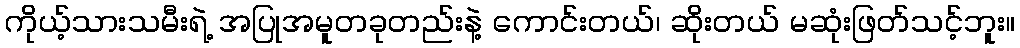
ကိုယ့်သားသမီးရဲ့ အပြုအမူတခုတည်းနဲ့ ကောင်းတယ်၊ ဆိုးတယ် မဆုံးဖြတ်သင့်ဘူး။